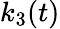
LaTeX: k_{3}(t)